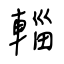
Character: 輜